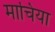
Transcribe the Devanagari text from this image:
माचिया